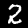
Label: 2